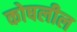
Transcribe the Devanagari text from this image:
कोषलील